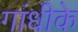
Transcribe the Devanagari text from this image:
गांधीके